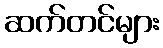
ဆက်တင်များ